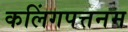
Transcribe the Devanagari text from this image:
कलिंगपत्तनम